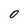
Character: 0